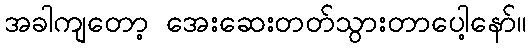
အခါကျတော့ အေးဆေးတတ်သွားတာပေါ့နော်။